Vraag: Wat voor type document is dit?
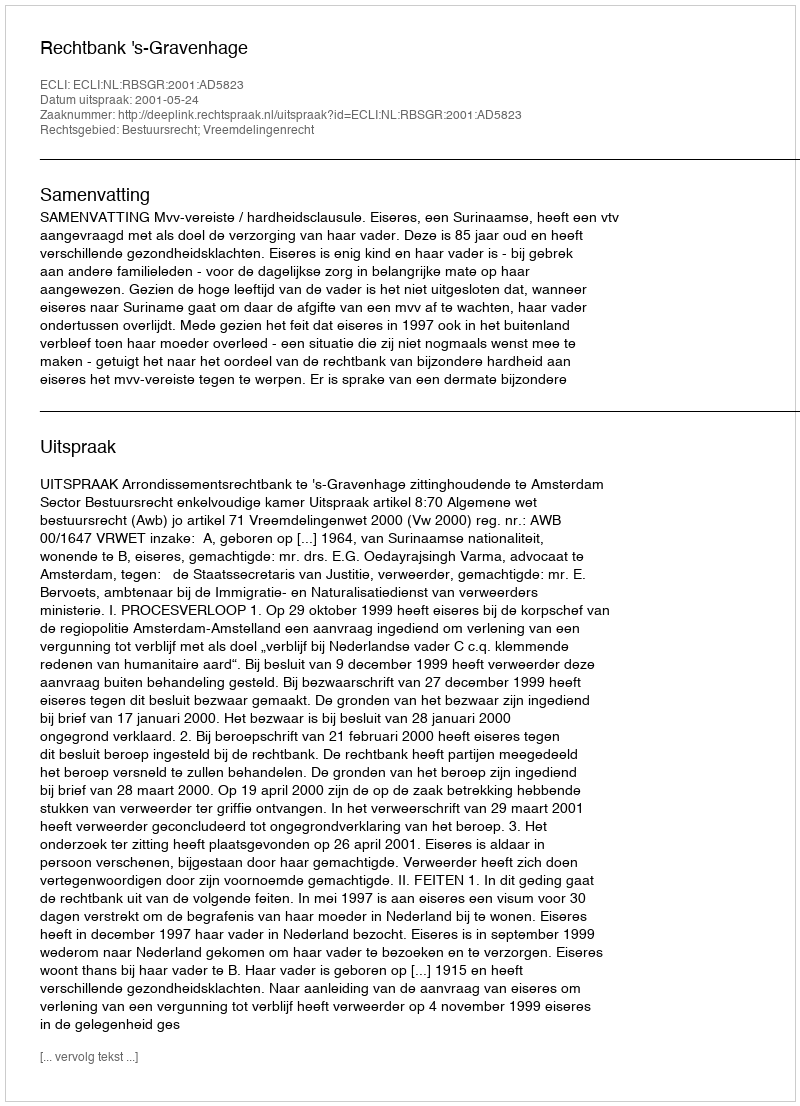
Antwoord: Uitspraak